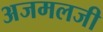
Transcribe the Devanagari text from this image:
अजमलजी